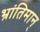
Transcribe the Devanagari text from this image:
भ्रांतिमान्